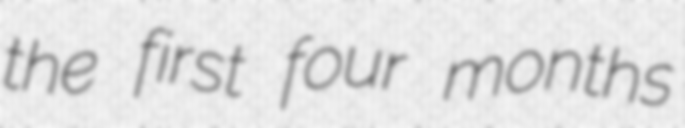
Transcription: the first four months